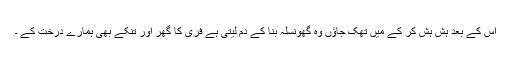
اس کے بعد ہش ہش کر کے میں تھک جاؤں وہ گھونسلہ بنا کے دم لیتی ہے فری کا گھر اور تنکے بھی ہمارے درخت کے ۔